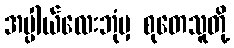
အပ္ပါယ်လေးဘုံမှ စုတေသူတို့